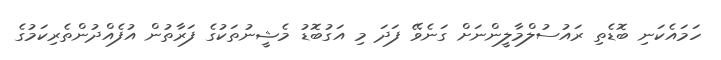
ހަމައެކަނި ބޮޑެތި ރައުސުލްމާލީންނަށް ގަނެވޭ ފަދަ މި އަގުބޮޑު މެޝީނުތަކުގެ ފަރާތުން އުފެއްދުންތެރިކަމުގެ